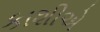
કાશીએ